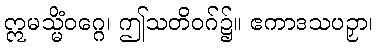
ဣမသ္မိံဝဂ္ဂေ၊ ဤသတိဝဂ်၌။ ဧကာဒသပဉှာ၊